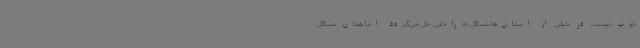
خوب نیست، در خیلی از استان‌ها مسائل به‌راحتی حل می‌گردد اما همان مسائل